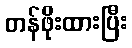
တန်ဖိုးထားပြီး